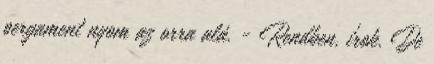
pergament nyom az orra alá. - Rendben, írok. De